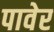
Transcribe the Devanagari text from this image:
पावेर